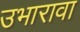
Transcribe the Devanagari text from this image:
उभारावा